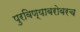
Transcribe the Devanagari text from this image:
पुरविण्याबरोबरच